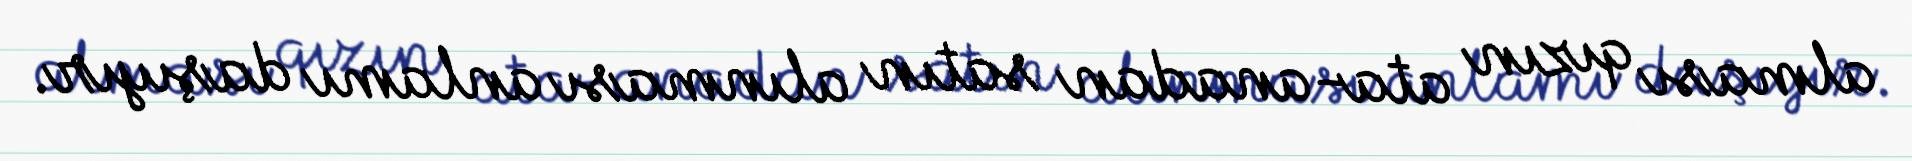
alması qızın ata-anadan satın alınması anlamı daşıyır.